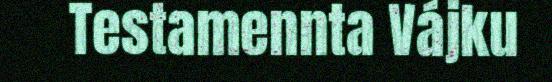
Testamennta Vájku